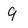
Character: 9